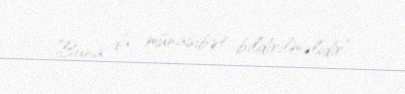
Buna da münasibət bildirilməlidir”.